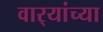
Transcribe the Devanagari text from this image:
वार्‍यांच्या